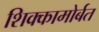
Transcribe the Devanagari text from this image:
शिक्कामोर्बत